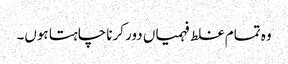
وہ تمام غلط فہمیاں دور کرنا چاہتا ہوں۔